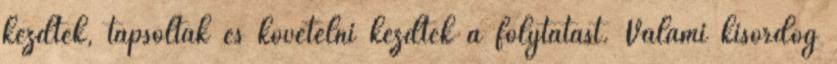
kezdtek, tapsoltak és követelni kezdték a folytatást. Valami kisördög